38_143685_box7_Incident_Summaries_1-100
Agency: Department of War
Page 44
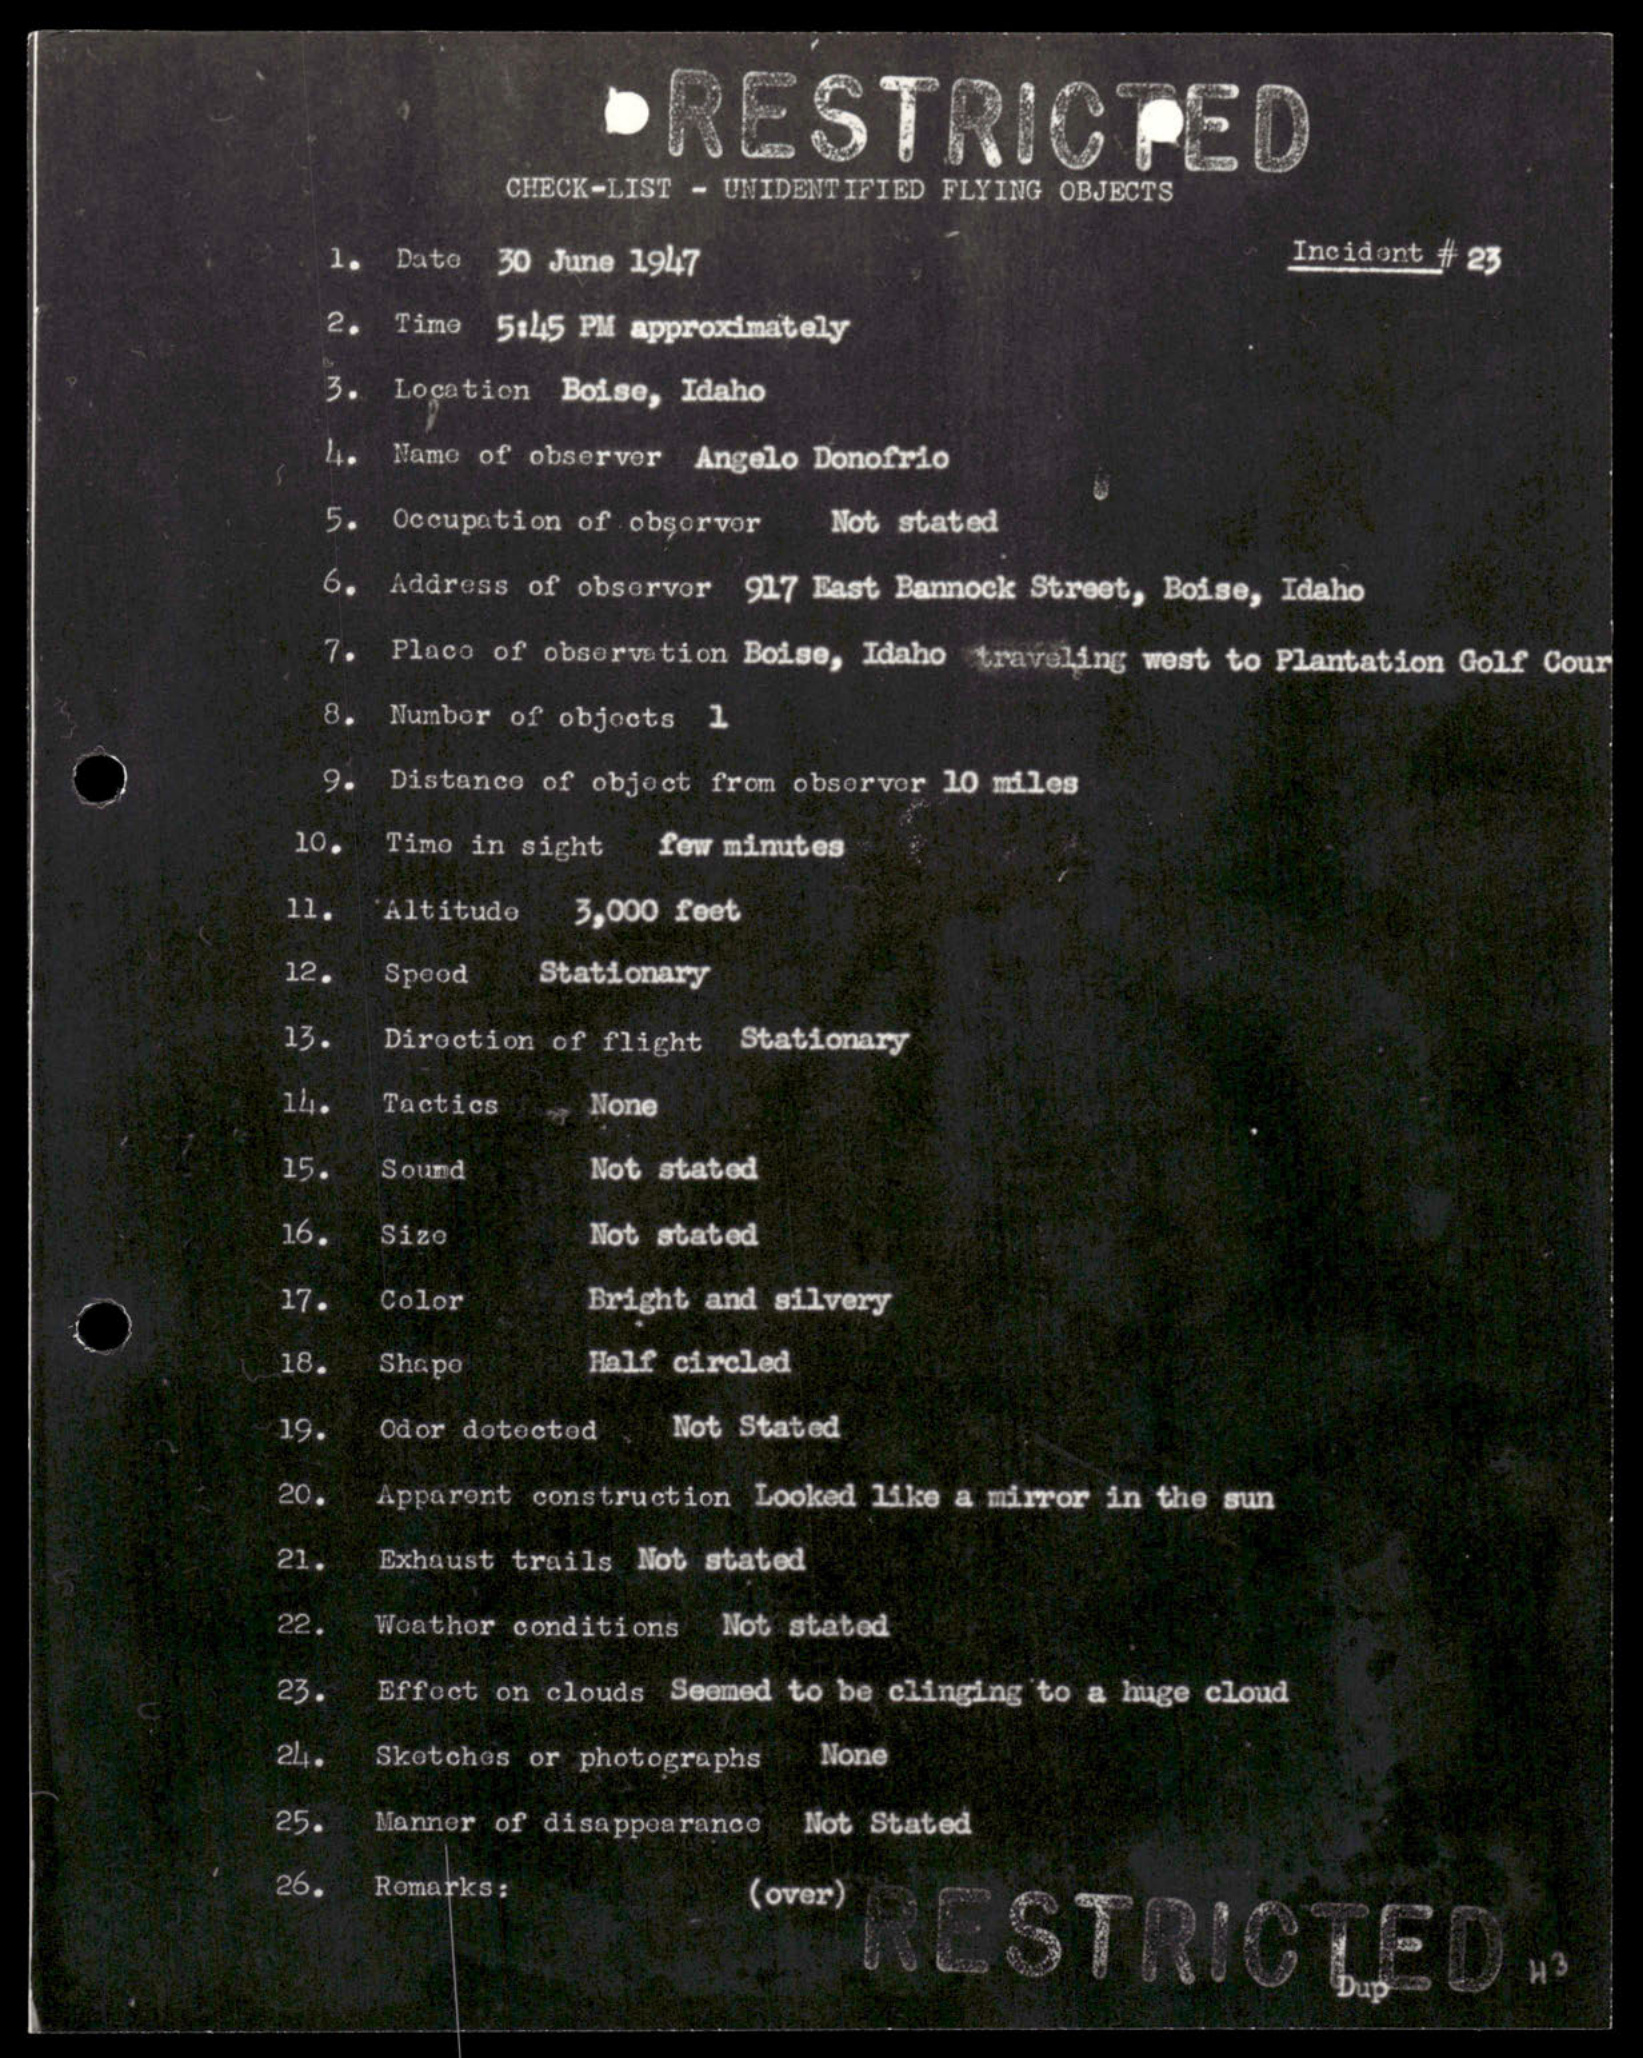